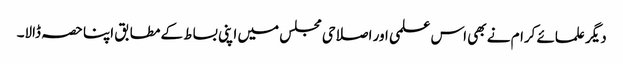
دیگر علمائے کرام نے بھی اس علمی اور اصلاحی مجلس میں اپنی بساط کے مطابق اپنا حصہ ڈالا۔